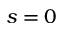
s = 0